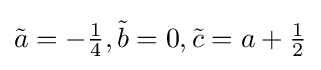
{\textstyle {\tilde {a}}=-{\frac {1}{4}},{\tilde {b}}=0,{\tilde {c}}=a+{\frac {1}{2}}}